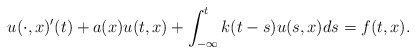
\begin{align*}u(\cdot,x)'(t)+a(x)u(t,x)+\int_{-\infty}^{t}k(t-s)u(s,x)ds=f(t,x).\end{align*}